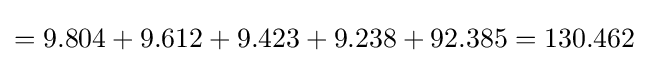
=9.804+9.612+9.423+9.238+92.385=130.462